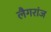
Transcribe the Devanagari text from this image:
लैगरांज